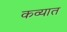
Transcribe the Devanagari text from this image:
कव्यात